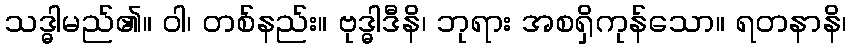
သဒ္ဓါမည်၏။ ဝါ၊ တစ်နည်း။ ဗုဒ္ဓါဒီနိ၊ ဘုရား အစရှိကုန်သော။ ရတနာနိ၊